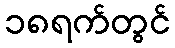
၁၈ရက်တွင်